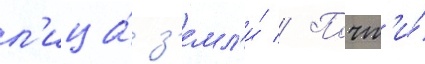
л'ица́ з'емл'и́ // Почт'и́